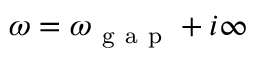
\omega = \omega _ { \mathrm { ~ g ~ a ~ p ~ } } + i \infty